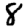
Digit: 8